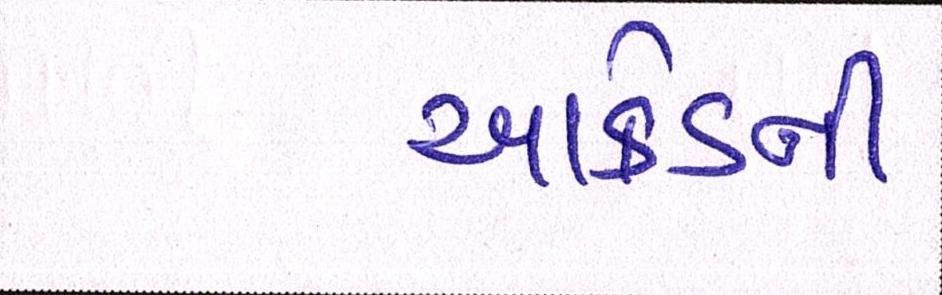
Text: આર્કેડની